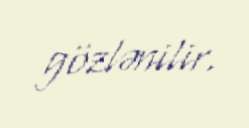
gözlənilir.